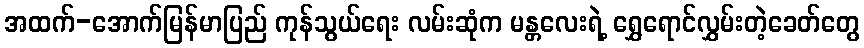
အထက်-အောက်မြန်မာပြည် ကုန်သွယ်ရေး လမ်းဆုံက မန္တလေးရဲ့ ရွှေရောင်လွှမ်းတဲ့ခေတ်တွေ